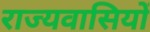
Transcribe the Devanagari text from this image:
राज्यवासियों